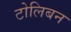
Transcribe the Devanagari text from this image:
टोलिबन